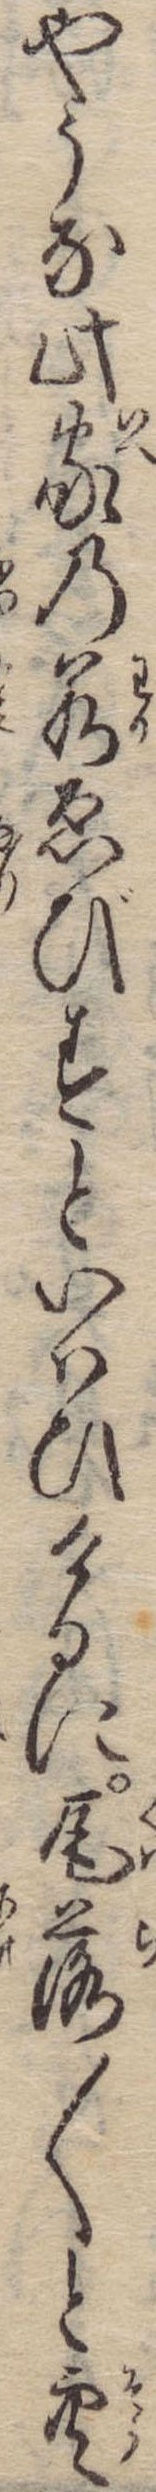
やうな此家の若ゑびすといはひけるに瓦落〱と空